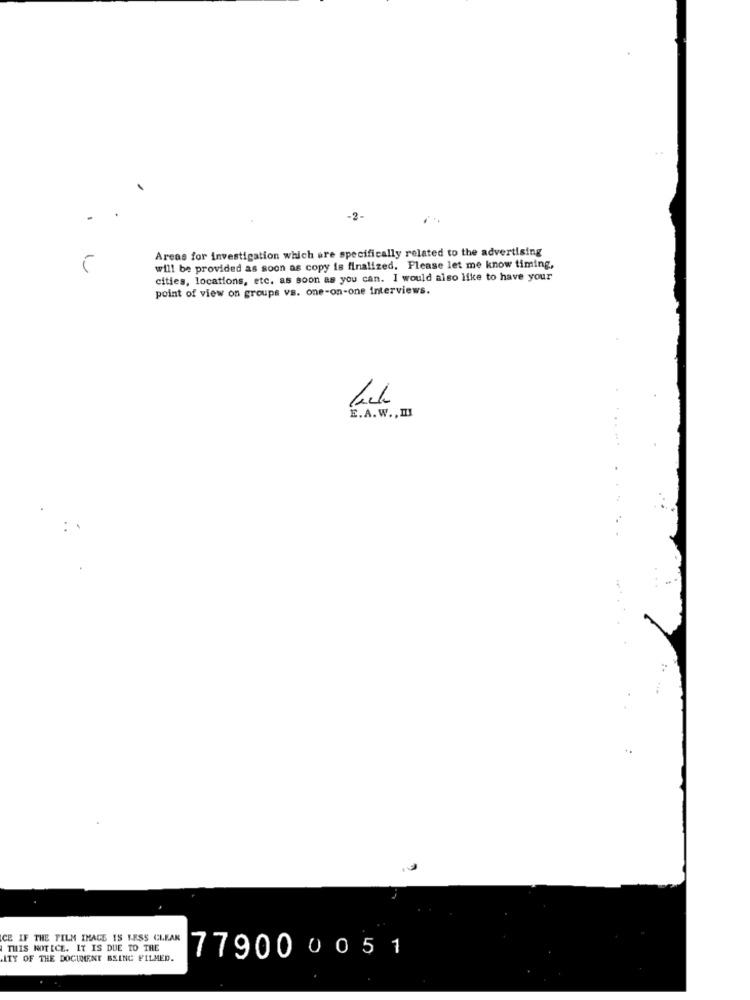
-2-
Areas for investigation which are specifically related to the advertising
will be provided as soon as copy is finalized. Please let me know timing,
cities, locations, etc. as soon as you can. I would also like to have your
point of view on groups vs. one-on-one interviews.
E.A.W ., II
CE IF THE FILM IMAGE IS LESS CLEAR
THIS NOTICE. IT IS DUE TO THE
ITY OF THE DOCUMENT BEING FILMED.
779000051